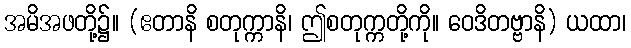
အမိအဖတို့၌။ (ဧတာနိ စတုက္ကာနိ၊ ဤစတုက္ကတို့ကို။ ဝေဒိတဗ္ဗာနိ) ယထာ၊